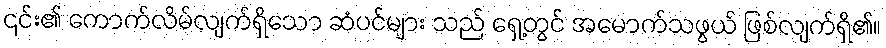
၎င်း၏ ကောက်လိမ်လျက်ရှိသော ဆံပင်များ သည် ရှေ့တွင် အမောက်သဖွယ် ဖြစ်လျက်ရှိ၏။